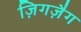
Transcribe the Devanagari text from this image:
ज़िगज़ैग